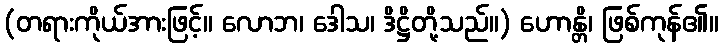
(တရားကိုယ်အားဖြင့်။ လောဘ၊ ဒေါသ၊ ဒိဋ္ဌိတို့သည်။) ဟောန္တိ၊ ဖြစ်ကုန်၏။